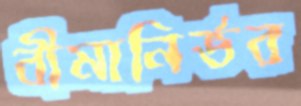
বীমানির্ভর